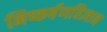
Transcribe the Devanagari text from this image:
निष्कर्षणविज्ञान